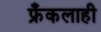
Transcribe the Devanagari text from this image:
फ्रँकलाही